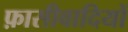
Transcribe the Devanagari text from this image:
फ़ासीवादियों